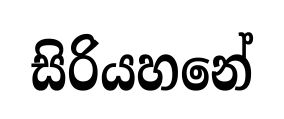
සිරියහනේ